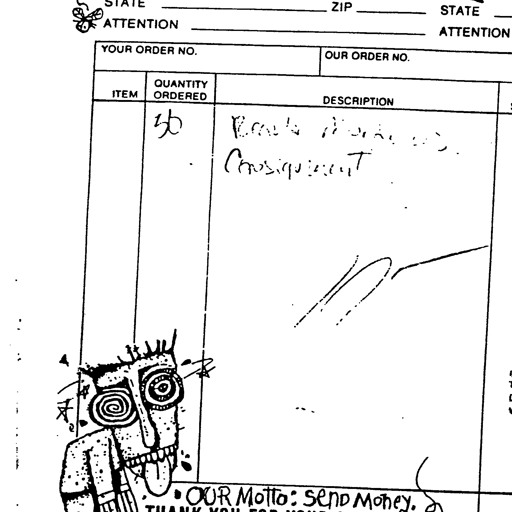
STATE ZIP STATE
ATTENTION ATTENTION
YOUR ORDER NO. OUR ORDER NO.
ITEM QUANTITY ORDERED DESCRIPTION
50 Bands Monkey
Consignment
OUR MOTTO: SEND MONEY.